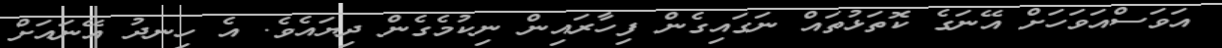
އަވަސްއަވަހަށް އޭނަގެ ކޮތަޅުތައް ނަގައިގެން ފިހާރައިން ނިކުމެގެން ދިޔައެވެ. އެ ހިނދު އޭނައަށް